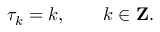
\tau _ { k } = k , \qquad k \in { \bf Z } .